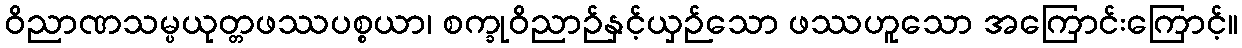
ဝိညာဏသမ္ပယုတ္တဖဿပစ္စယာ၊ စက္ခုဝိညာဉ်နှင့်ယှဉ်သော ဖဿဟူသော အကြောင်းကြောင့်။